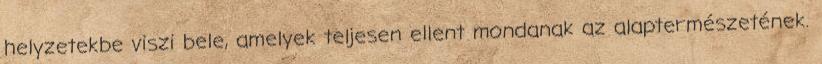
helyzetekbe viszi bele, amelyek teljesen ellent mondanak az alaptermészetének.